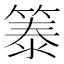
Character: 𫂐